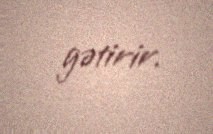
gətirir.